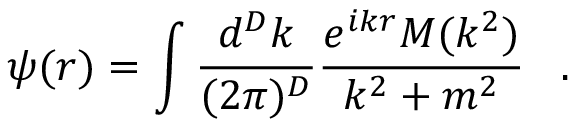
\psi ( r ) = \int \frac { d ^ { D } k } { ( 2 \pi ) ^ { D } } \frac { e ^ { i k r } M ( k ^ { 2 } ) } { k ^ { 2 } + m ^ { 2 } } \; \; \; .